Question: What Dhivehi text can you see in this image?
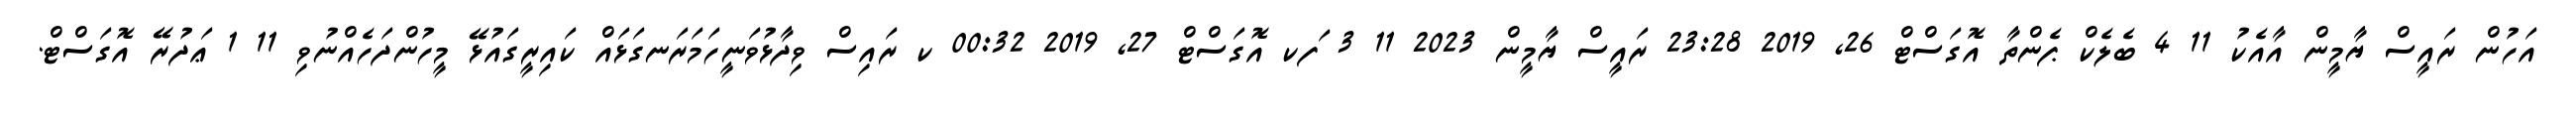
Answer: އަހުން ރައީސް ޔާމީން އާއެކު 11 4 ބެލެކް ޕެންތާ އޮގަސްޓް 26, 2019 23:28 ރައީސް ޔާމީން 2023 11 3 ަފކ އޮގަސްޓް 27, 2019 00:32 ކ ރައިސް ވިދާޅުވަނީހަމަރަނގަޅައް ކައިރީގައުޅޭ މީހުންދަހެއްނުވި 11 1 ޢަދުރޭ އޮގަސްޓް.